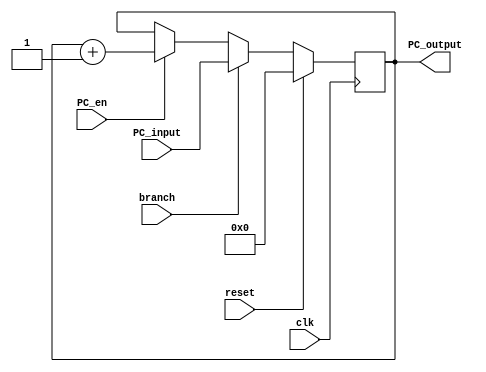
module PC(
input clk,
input reset, 
input PC_en,
input branch,
input [15:0] PC_input,
output reg [15:0] PC_output
);

initial
begin
	PC_output = 16'h0000;
end


always @ (posedge clk)
	begin
		if (reset)
			PC_output = 16'h0000;
		else if(branch)
			PC_output = PC_input; 
		else if(PC_en)
			PC_output = PC_output + 1'b1;
	end
endmodule